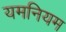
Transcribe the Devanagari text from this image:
यमनियम